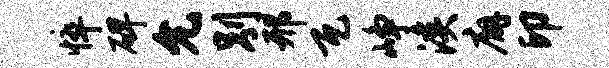
悴碑允别邢瓦峥溪廨印